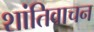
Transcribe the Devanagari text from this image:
शांतिवाचन